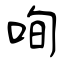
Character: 咰